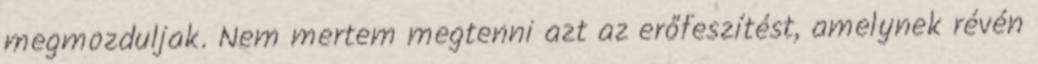
megmozduljak. Nem mertem megtenni azt az erőfeszítést, amelynek révén